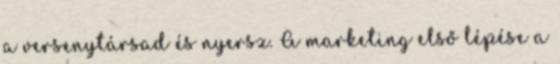
a versenytársad és nyersz. A marketing első lépése a